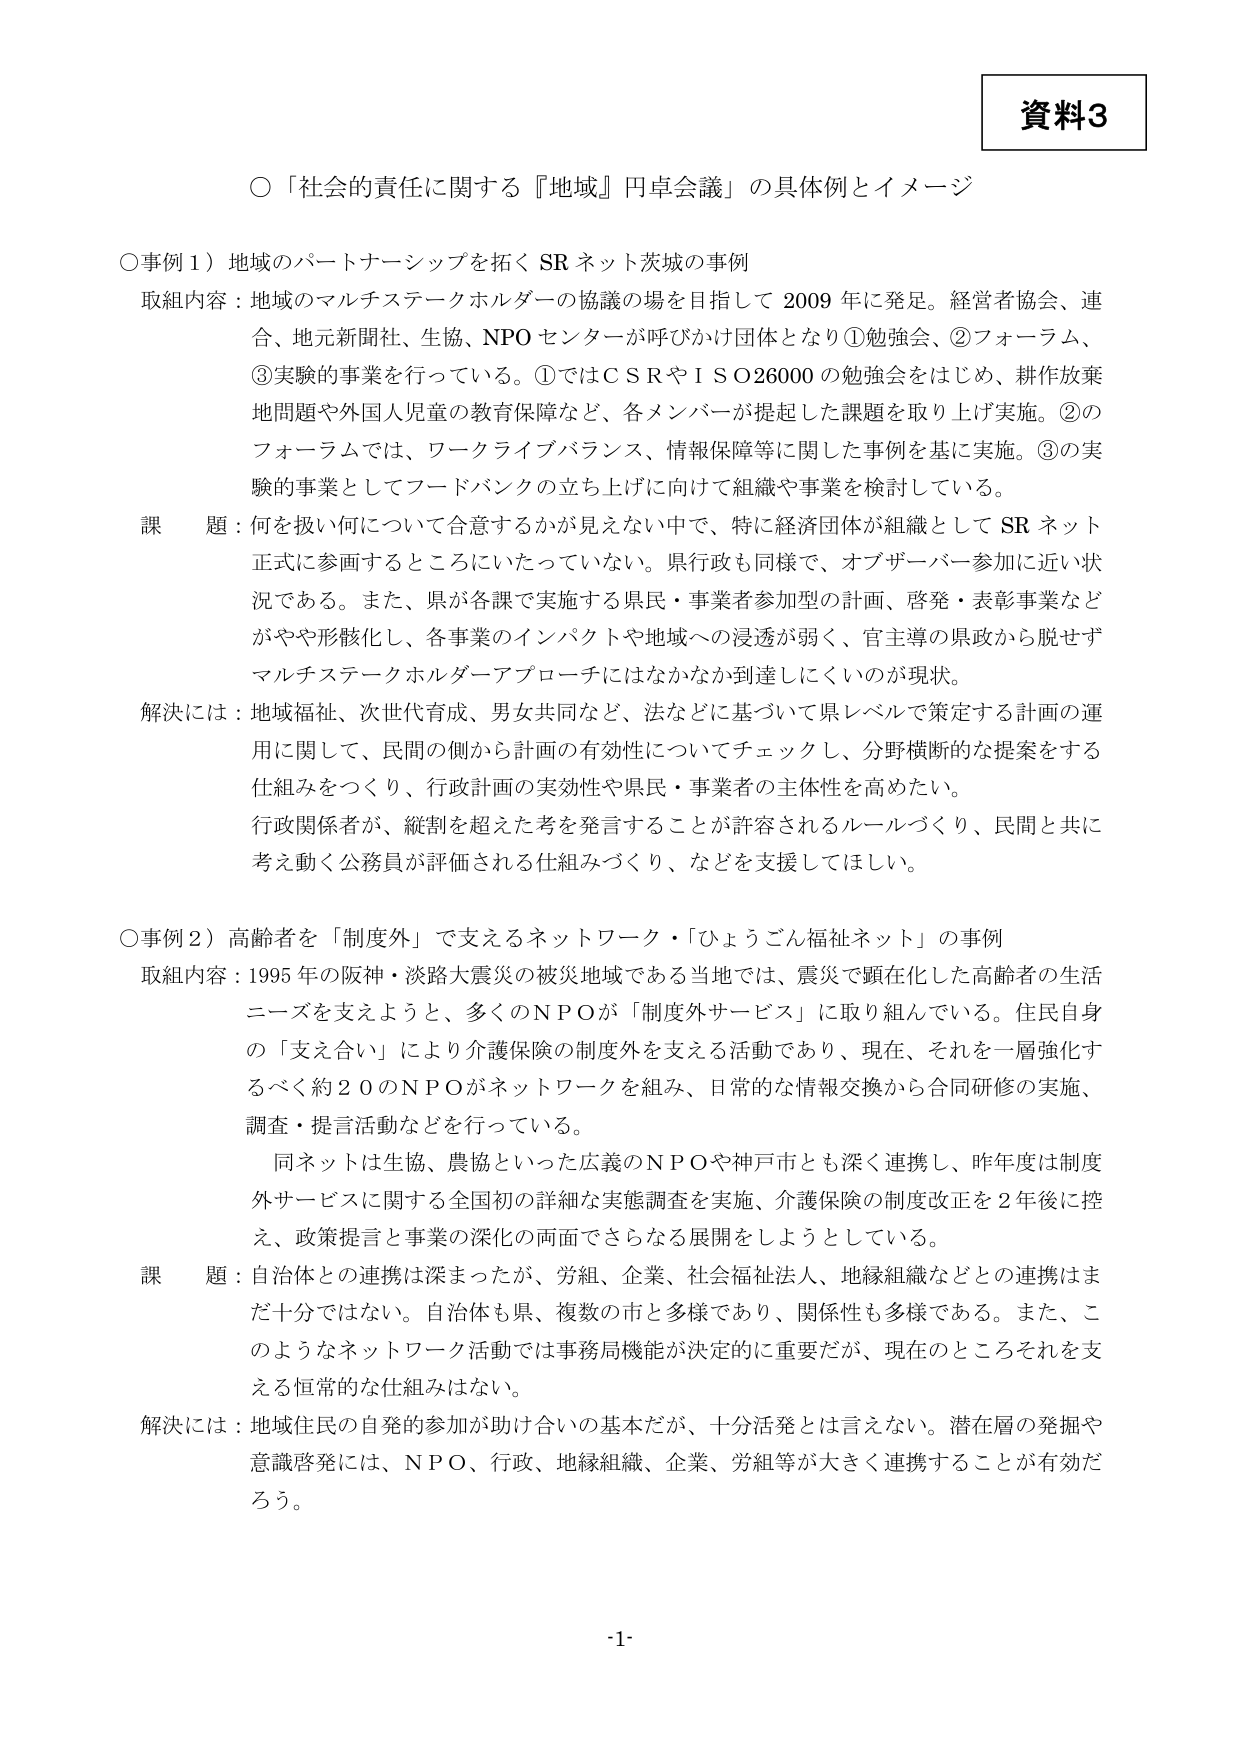
資料3

○「社会的責任に関する『地域』円卓会議」の具体例とイメージ

○事例１）地域のパートナーシップを拓く SR ネット茨城の事例
取組内容：地域のマルチステークホルダーの協議の場を目指して 2009 年に発足。経営者協会、連合、地元新聞社、生協、NPO センターが呼びかけ団体となり①勉強会、②フォーラム、③実験的事業を行っている。①ではＣＳＲやＩＳＯ26000 の勉強会をはじめ、耕作放棄地問題や外国人児童の教育保障など、各メンバーが提起した課題を取り上げ実施。②のフォーラムでは、ワークライフバランス、情報保障等に関して事例を基に実施。③の実験的事業としてフードバンクの立ち上げに向けて組織や事業を検討している。
課題：何を扱い何について合意するかが見えない中で、特に経済団体が組織として SR ネット正式に参画するところにいたっていない。県行政も同様で、オブザーバー参加に近い状況である。また、県が各課で実施する県民・事業者参加型の計画、啓発・表彰事業などがやや形骸化し、各事業のインパクトや地域への浸透が弱く、官主導の県政から脱せずマルチステークホルダーアプローチにはなかなか到達しにくいのが現状。
解決には：地域福祉、次世代育成、男女共同など、法などに基づいて県レベルで策定する計画の運用に関して、民間の側から計画の有効性についてチェックし、分野横断的な提案をする仕組みをつくり、行政計画の実効性や県民・事業者の主体性を高めたい。
行政関係者が、縦割を超えた考えを発言することが許容されるルールづくり、民間と共に考え動く公務員が評価される仕組みづくり、などを支援してほしい。

○事例２）高齢者を「制度外」で支えるネットワーク・「ひょうごん福祉ネット」の事例
取組内容：1995 年の阪神・淡路大震災の被災地域である当地では、震災で顕在化した高齢者の生活ニーズを支えようと、多くのＮＰＯが「制度外サービス」に取り組んでいる。住民自身の「支え合い」により介護保険の制度外を支える活動であり、現在、それを一層強化するべく約２０のＮＰＯがネットワークを組み、日常的な情報交換から合同研修の実施、調査・提言活動などを行っている。
同ネットは生協、農協といった広義のＮＰＯや神戸市とも深く連携し、昨年度は制度外サービスに関する全国初の詳細な実態調査を実施、介護保険の制度改正を２年後に控え、政策提言と事業の深化の両面でさらなる展開をしようとしている。
課題：自治体との連携は深まったが、労組、企業、社会福祉法人、地縁組織などとの連携はまだ十分ではない。自治体も県、複数の市と多様であり、関係性も多様である。また、このようなネットワーク活動では事務局機能が決定的に重要だが、現在のところそれを支える恒常的な仕組みはない。
解決には：地域住民の自発的参加が助け合いの基本だが、十分活発とは言えない。潜在層の発掘や意識啓発には、ＮＰＯ、行政、地縁組織、企業、労組等が大きく連携することが有効だろう。

-1-